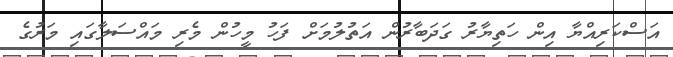
އަސްކަރިއްޔާ އިން ހަތިޔާރު ގަދަބާރުން އަތުލުމަށް ފަހު މީހުން މެރި މައްސަލާގައި މަރުގެ